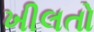
ખીલતો